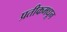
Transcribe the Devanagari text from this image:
प्रतीकमधून